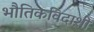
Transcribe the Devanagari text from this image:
भौतिकविदाशी